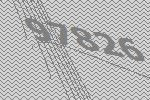
97826